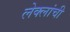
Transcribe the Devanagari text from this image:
लेक्लांची